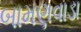
બામણવાડા